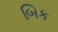
બિક